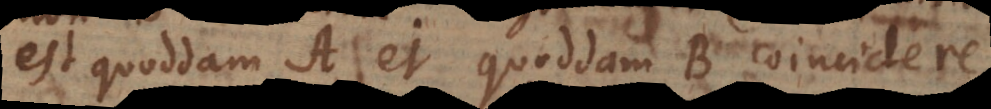
st quoddam A et quoddam B coincidere